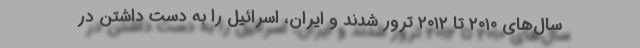
سال‌های ۲۰۱۰ تا ۲۰۱۲ ترور شدند و ایران، اسرائیل را به دست داشتن در